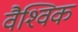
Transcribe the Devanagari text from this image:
वैश्‍िवक